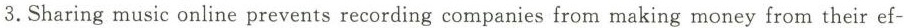
3.Sharing music online prevents recording companies from making money from their ef-